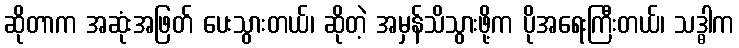
ဆိုတာက အဆုံးအဖြတ် ပေးသွားတယ်၊ ဆိုတဲ့ အမှန်သိသွားဖို့က ပိုအရေးကြီးတယ်၊ သဒ္ဓါက